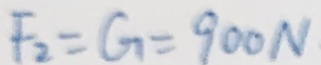
F _ { 2 } = G = 9 0 0 N